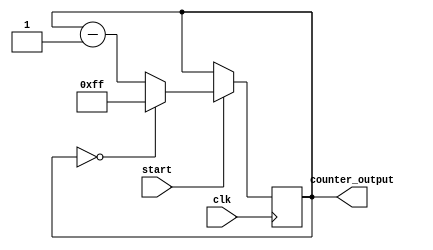
//Team: Nighthawk
//Rev: 3.0
//2-22-2017

module mod256_down_counter(
  input clk, 
  input start,
  output reg [7:0] counter_output
  );
  
 
initial begin
counter_output = 8'b0;
end
 


always @ (posedge clk)
 begin
  if (start) begin
    if(counter_output == 8'b00000000) begin
	//$write("%b   ", counter_output);
	//$write("\n");
      counter_output <= 8'b11111111;
         end
    else begin
      counter_output = counter_output - 1'b1;
	//$write("%b   ", counter_output);
	//$write("\n");
         end
  end
 end
endmodule